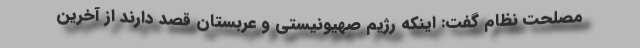
مصلحت نظام‌ گفت: اینکه رژیم صهیونیستی و عربستان قصد دارند از آخرین